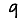
Digit: 9